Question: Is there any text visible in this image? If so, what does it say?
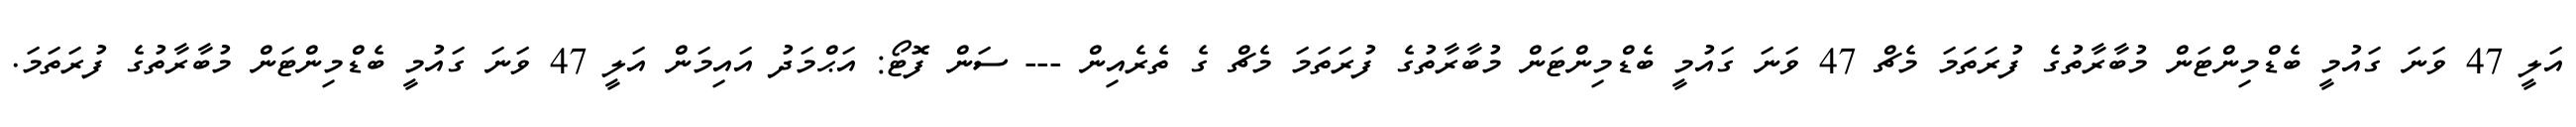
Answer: އަލީ 47 ވަނަ ގައުމީ ބެޑްމިންޓަން މުބާރާތުގެ ފުރަތަމަ މެޗް 47 ވަނަ ގައުމީ ބެޑްމިންޓަން މުބާރާތުގެ ފުރަތަމަ މެޗް ގެ ތެރެއިން --- ސަން ފޮޓޯ: އަޙްމަދު އައިމަން އަލީ 47 ވަނަ ގައުމީ ބެޑްމިންޓަން މުބާރާތުގެ ފުރަތަމަ.